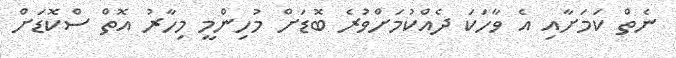
ނެތް ކަމަށާއި އެ ވާހަކަ ދެއްކުމަށްވުރެ ބޮޑަށް މުހިންމީ މިހާރު އޮތް ސްކޮޑަށް